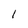
Character: l